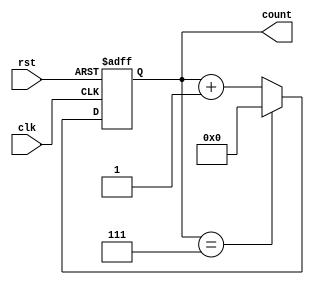
module Modulus_Counter(
    input wire clk,
    input wire rst,
    output reg [3:0] count
);

reg [3:0] max_val = 7; // Modulus value
reg [3:0] next_count;

always @(posedge clk or posedge rst) begin
    if (rst) begin
        count <= 4'b0000; // Starting value
    end else begin
        if (count == max_val) begin
            count <= 4'b0000; // Reset back to starting value
        end else begin
            count <= count + 1; // Increment count
        end
    end
end

endmodule